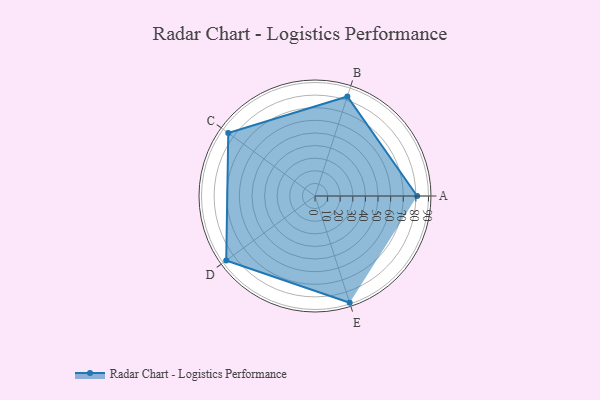
{"axis": {"x": "Skill", "y": "Score"}, "legend": ["Profile"], "data": [{"x": "A", "y": 81.0, "type": "Profile"}, {"x": "B", "y": 83.0, "type": "Profile"}, {"x": "C", "y": 85.0, "type": "Profile"}, {"x": "D", "y": 87.0, "type": "Profile"}, {"x": "E", "y": 89.0, "type": "Profile"}]}